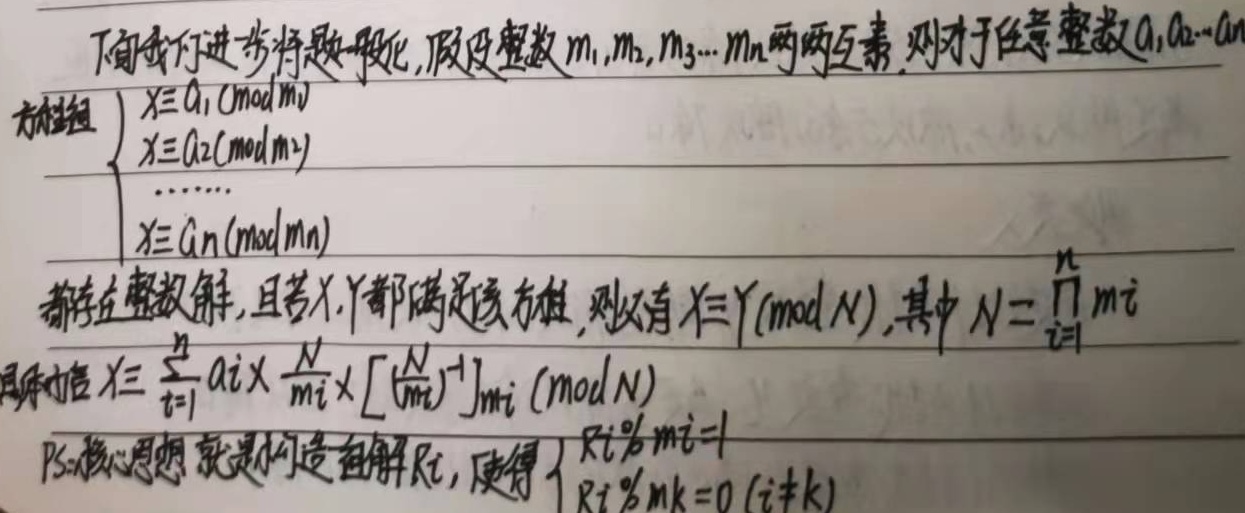
下面我们进一步将题一般化，假设整数\(m_1,m_2,m_3\cdots m_n\)两两互素，则对于任意整数\(a_1,a_2\cdots a_n\)，方程组
\(\begin{cases}
x\equiv a_1\pmod{m_1}\\
x\equiv a_2\pmod{m_2}\\
\cdots\\
x\equiv a_n\pmod{m_n}
\end{cases}\)
都存在整数解，且若\(x,y\)都满足该方程，则必有\(x\equiv y\pmod{N}\)，其中\(N = \prod_{i = 1}^{n}m_i\)，通解为\(x\equiv\sum_{i = 1}^{n}a_i\times\frac{N}{m_i}\times\left[\left(\frac{N}{m_i}\right)^{-1}\right]_{m_i}\pmod{N}\)。

PS：核心思想就是构造自解\(R_i\)，使得\(\begin{cases}
R_i\bmod m_i = 1\\
R_i\bmod m_k=0\ (i\neq k)
\end{cases}\)